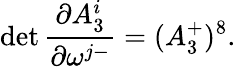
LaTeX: \operatorname*{det}{\frac{\partial A_{3}^{i}}{\partial\omega^{j-}}}=(A_{3}^{+})^{8}.